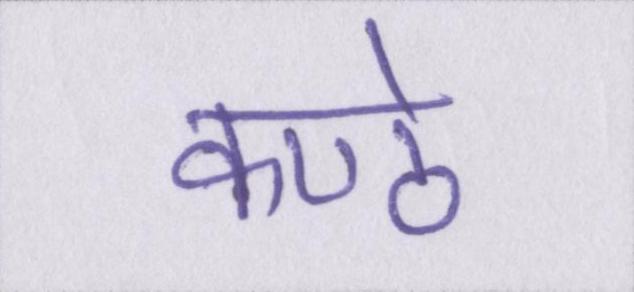
कण्ठे